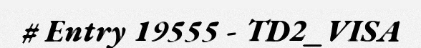
# Entry 19555 - TD2_VISA